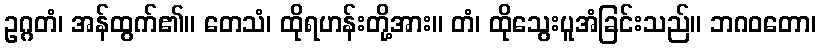
ဥဂ္ဂတံ၊ အန်ထွက်၏။ တေသံ၊ ထိုရဟန်းတို့အား။ တံ၊ ထိုသွေးပူအံခြင်းသည်။ ဘဂဝတော၊